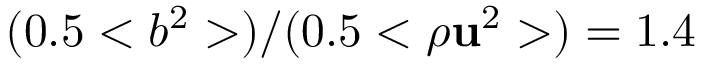
( 0 . 5 < b ^ { 2 } > ) / ( 0 . 5 < \rho \mathbf { u } ^ { 2 } > ) = 1 . 4